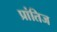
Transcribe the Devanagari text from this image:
प्रांतिज